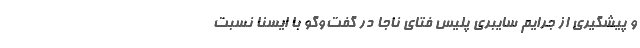
و پیشگیری از جرایم سایبری پلیس فتای ناجا در گفت‌وگو با ایسنا نسبت